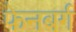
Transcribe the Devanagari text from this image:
फेनबर्ग